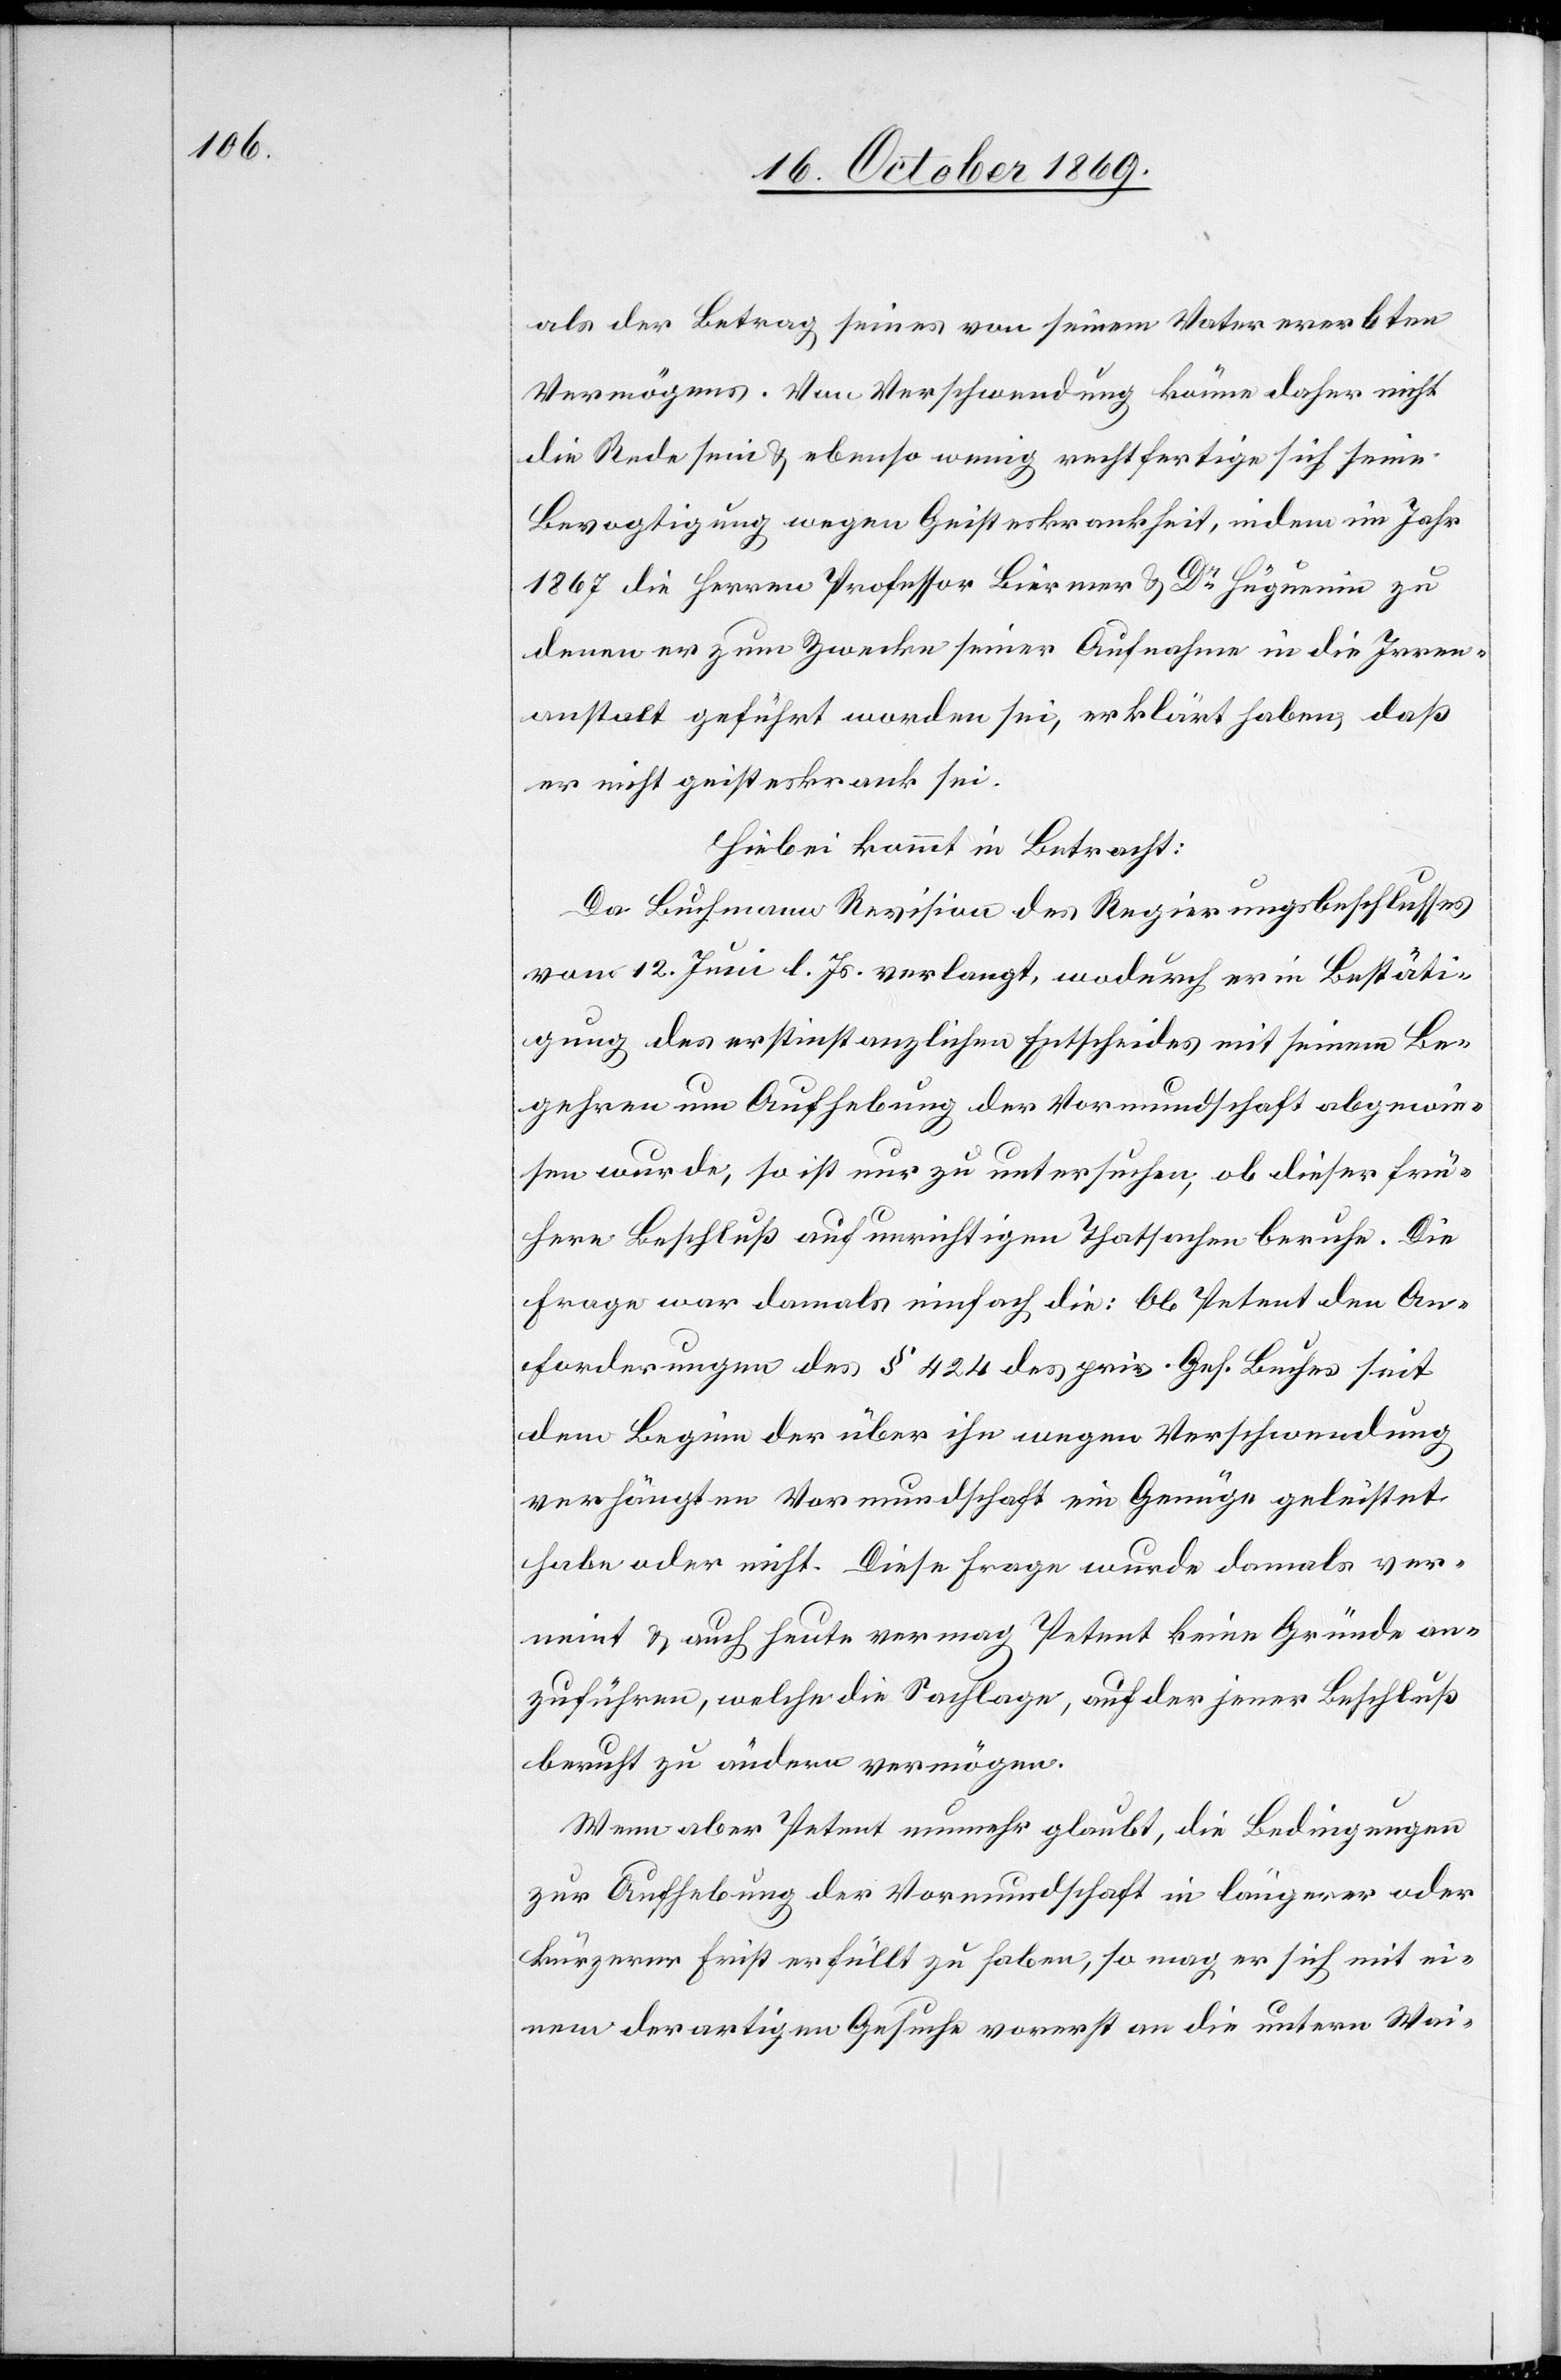
Vermögens. Von Verschwendung könne daher nicht
die Rede sein & ebenso wenig rechtfertige sich seine
Bevogtigung wegen Geisteskrankheit, indem im Jahr
1867 die Herren Professor Biermer & Dr Hüguenin zu
denen er zum Zwecke seiner Aufnahme in die Irren¬
anstalt geführt worden sei, erklärt haben, daß
er nicht geisteskrank sei.
Hiebei kommt in Betracht:
Da Buchmann Revision des Regierungsbeschlusses
vom 12. Juni l. Js. verlangt, wodurch er in Bestäti¬
gung des erstinstanzlichen Entscheides mit seinem Be¬
gehren um Aufhebung der Vormundschaft abgewie¬
sen wurde, so ist nur zu untersuchen, ob dieser frü¬
here Beschluß auf unrichtigen Thatsachen beruhe. Die
Frage war damals einfach die: Ob Petent den An¬
forderungen des § 424 des priv. Ges. Buches seit
dem Beginn der über ihn wegen Verschwendung
verhängten Vormundschaft ein Genüge geleistet
habe oder nicht. Diese Frage wurde damals ver¬
neint & auch heute vermag Petent keine Gründe an¬
zuführen, welche die Sachlage, auf der jener Beschluß
beruht zu ändern vermögen.
Wenn aber Petent nunmehr glaubt, die Bedingungen
zur Aufhebung der Vormundschaft in längerer oder
kürzerer Frist erfüllt zu haben, so mag er sich mit ei¬
nem derartigen Gesuche vorerst an die untern Wai-